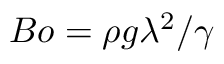
B o = \rho g \lambda ^ { 2 } / \gamma